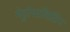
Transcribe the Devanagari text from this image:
मेट्रोपालिटिन